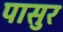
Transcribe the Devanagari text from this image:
पासुर